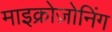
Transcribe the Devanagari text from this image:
माइक्रोज़ोनिंग